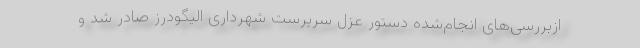
ازبررسی‌های انجام‌شده دستور عزل سرپرست شهرداری الیگودرز صادر شد و